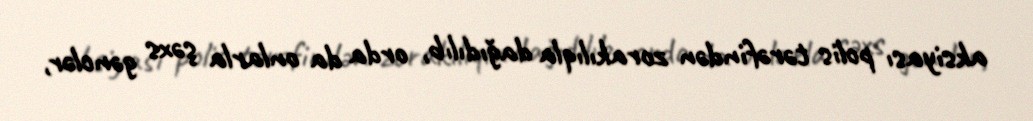
aksiyası polis tərəfindən zorakılıqla dağıdılıb, orda da onlarla şəxs gənclər,